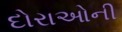
દોરાઓની